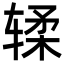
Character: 𫐓